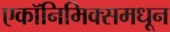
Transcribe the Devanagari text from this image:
एकॉनिमिक्समधून